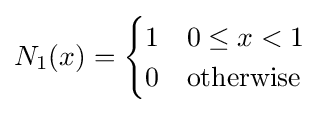
N_{1}(x)={\begin{cases}1&0\leq x<1\\0&{\text{otherwise}}\end{cases}}